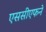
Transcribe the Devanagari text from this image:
एससीएफने